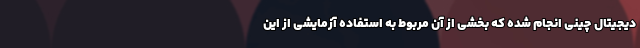
دیجیتال چینی انجام شده که بخشی از آن مربوط به استفاده آزمایشی از این